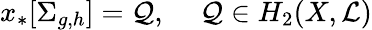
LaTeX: x_{*}[\Sigma_{g,h}]={\cal Q},\, \, \, \, \, \, \, {\cal Q}\in H_{2}(X,{\cal L})